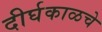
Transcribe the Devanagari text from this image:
दीर्घकाळचे